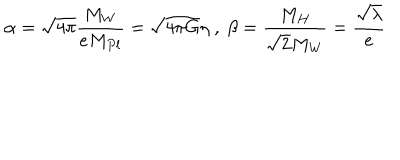
\alpha = \sqrt { 4 \pi } \frac { M _ { W } } { e M _ { P l } } = \sqrt { 4 \pi G } \eta \ , \ \beta = \frac { M _ { H } } { \sqrt { 2 } M _ { W } } = \frac { \sqrt { \lambda } } { e }